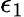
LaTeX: \epsilon_{\mathrm{1}}